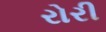
રોરી